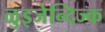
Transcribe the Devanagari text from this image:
ळुइजेन्दिज्क